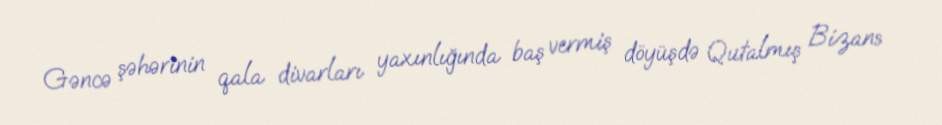
Gəncə şəhərinin qala divarları yaxınlığında baş vermiş döyüşdə Qutalmış Bizans